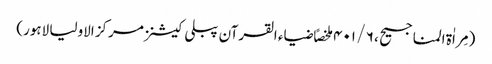
(مِراٰة المناجیح ، ۶ / ۴۰۱ ملخصاً ضیاء القرآن پبلی کیشنز مرکز الاولیا لاہور)